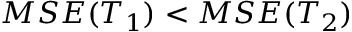
M S E ( T _ { 1 } ) < M S E ( T _ { 2 } )